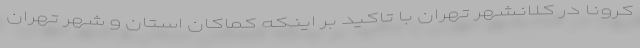
کرونا در کلانشهر تهران با تاکید بر اینکه کماکان استان و شهر تهران